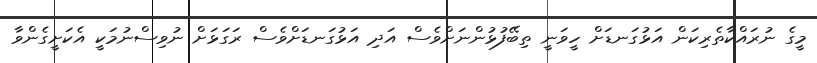
މީގެ ނުރައްކާތެރިކަން އަޅުގަނޑަށް ހީވަނީ ތިބޭފުޅުންނަށްވެސް އަދި އަޅުގަނޑަށްވެސް ރަގަޅަށް ނުވިސްނުމަކީ އެކަށީގެންވާ